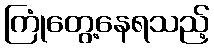
ကြုံတွေ့နေရသည့်